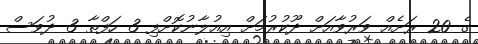
ގެ 20 ރަށެއް ވަރުވާއަށް ދޫކުރުމަށް އިއުލާނުކޮށްފި 3 ހަފްތާ 3 ދުވަސް